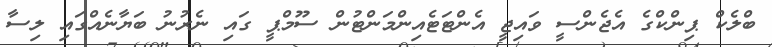
ބްލެކް ޕިންކްގެ އެޖެންސީ ވައިޖީ އެންޓަޓެއިންމަންޓުން ސޫމްޕީ ގައި ނެރުނު ބަޔާނެއްގައި ލިސާ